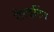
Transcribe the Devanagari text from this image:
रीराइटिंग